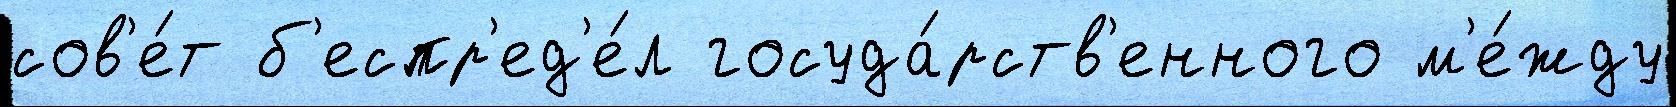
сов'е́т б'еспр'ед'е́л госуда́рств'енного м'е́жду